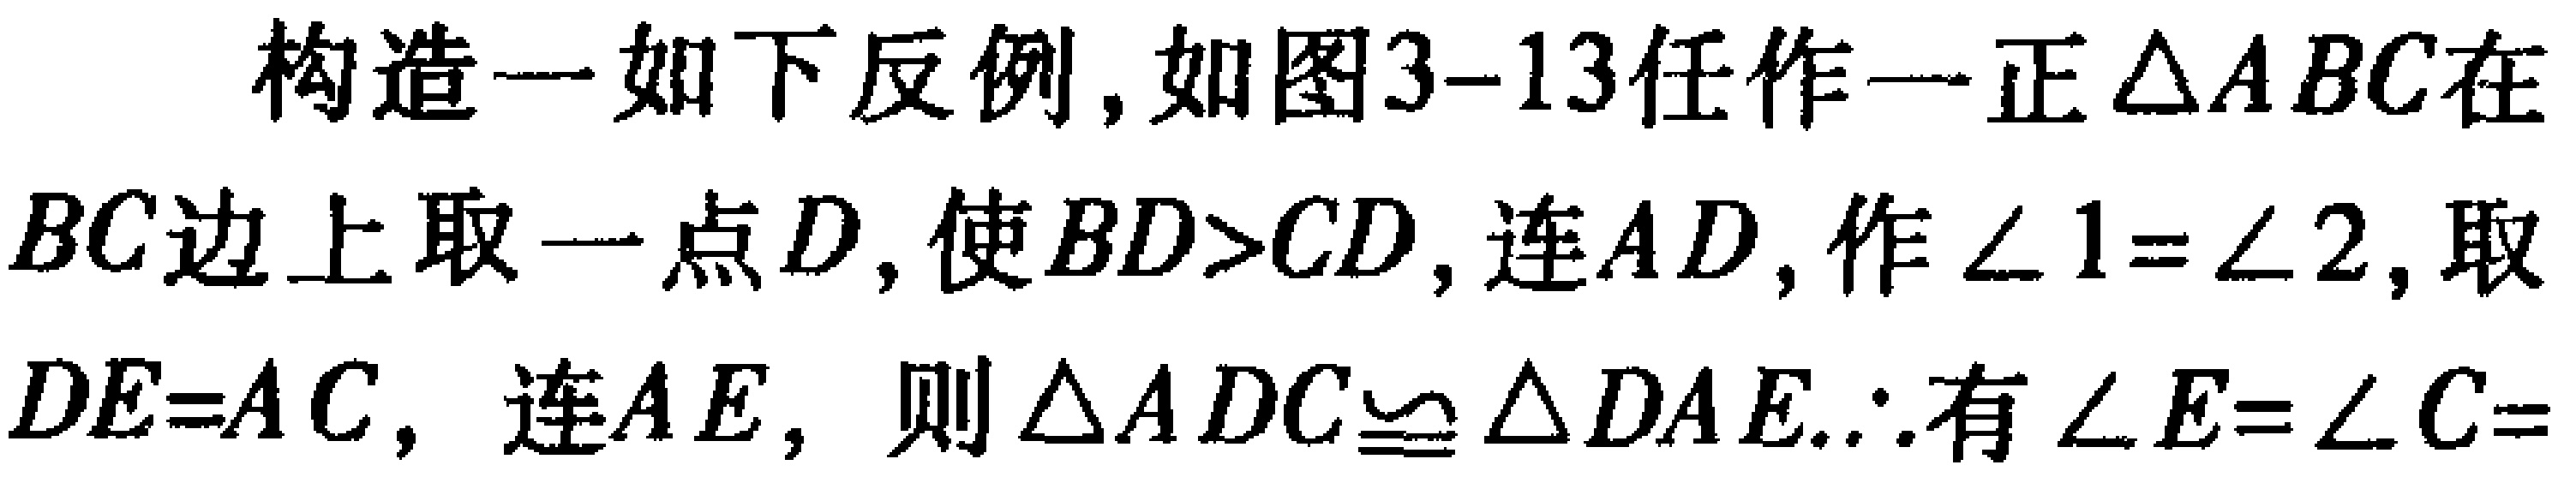
构造一如下反例, 如图3-13任作一正$\triangle ABC$在$BC$边上取一点$D$, 使$BD > CD$, 连$AD$, 作$\angle 1 = \angle 2$, 取$DE = AC$, 连$AE$, 则$\triangle ADC\cong\triangle DAE$.$\therefore$有$\angle E = \angle C =